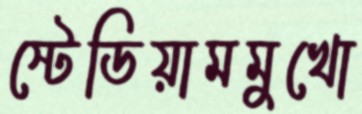
স্টেডিয়ামমুখো